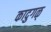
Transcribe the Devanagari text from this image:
कादुगळ्